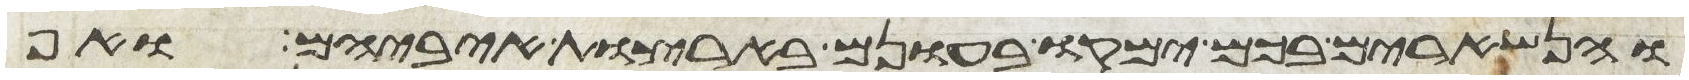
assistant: והנשארים בכם ימקו בעונם בארצות איביהם ואף